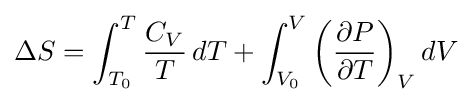
\Delta S=\int _{T_{0}}^{T}{\frac {C_{V}}{T}}\,dT+\int _{V_{0}}^{V}\left({\frac {\partial P}{\partial T}}\right)_{V}dV